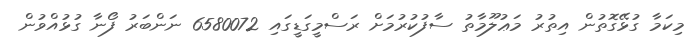
މިކަމާ ގުޅޭގޮތުން އިތުރު މަޢުލޫމާތު ސާފުކުރުމަށް ރަސްމީގަޑީގައި 6580072 ނަންބަރު ފޯނާ ގުޅުއްވުން